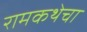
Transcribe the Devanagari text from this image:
रामकथेचा